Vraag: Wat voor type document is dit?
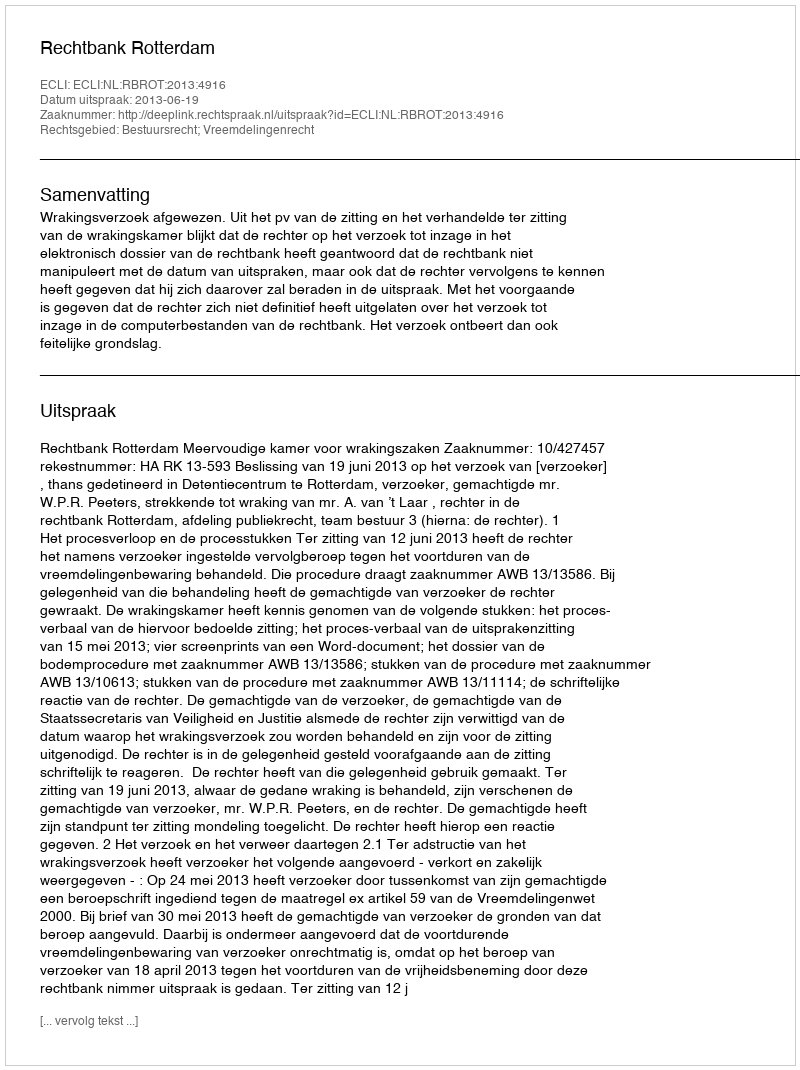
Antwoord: Uitspraak